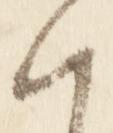
朝